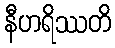
နီဟရိဿတိ